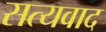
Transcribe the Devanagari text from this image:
सत्यवाद